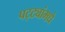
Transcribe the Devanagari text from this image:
पट्ट्यांमधे